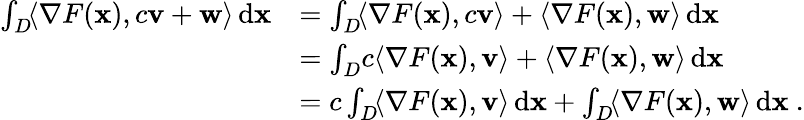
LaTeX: \begin{array}{rl}{\int_{D}\! \langle\nabla F({\mathbf x}),c{\mathbf v}+{\mathbf w}\rangle\, \mathrm{d}{\mathbf x}}&{=\int_{D}\! \langle\nabla F({\mathbf x}),c{\mathbf v}\rangle+\langle\nabla F({\mathbf x}),{\mathbf w}\rangle\, \mathrm{d}{\mathbf x}}\\ &{=\int_{D}\! c\langle\nabla F({\mathbf x}),{\mathbf v}\rangle+\langle\nabla F({\mathbf x}),{\mathbf w}\rangle\, \mathrm{d}{\mathbf x}}\\ &{=c\int_{D}\! \langle\nabla F({\mathbf x}),{\mathbf v}\rangle\, \mathrm{d}{\mathbf x}+\int_{D}\! \langle\nabla F({\mathbf x}),{\mathbf w}\rangle\, \mathrm{d}{\mathbf x}~.}\end{array}